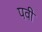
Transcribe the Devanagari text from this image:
पवी